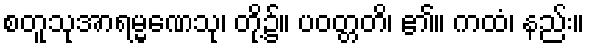
စတူသုအာရမ္မဏေသု၊ တို့၌။ ပဝတ္တတိ၊ ၏။ ကထံ၊ နည်း။